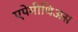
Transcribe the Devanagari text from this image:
एपेमीथिअस